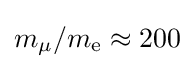
{\textstyle m_{\mu }/m_{\mathrm {e} }\approx 200}